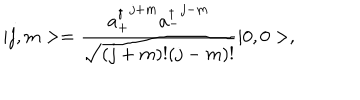
\vert j , m > = \frac { { a _ { + } ^ { \dagger } } ^ { j + m } { a _ { - } ^ { \dagger } } ^ { j - m } } { \sqrt { ( j + m ) ! ( j - m ) ! } } \vert 0 , 0 > ,